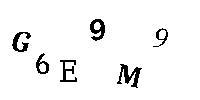
G6E9M9